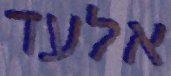
אלעד